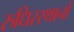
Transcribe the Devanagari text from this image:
रुधिरस्थानों